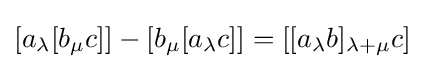
[a_{\lambda }[b_{\mu }c]]-[b_{\mu }[a_{\lambda }c]]=[[a_{\lambda }b]_{\lambda +\mu }c]